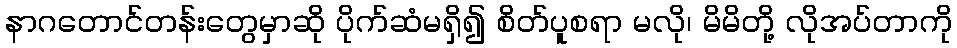
နာဂတောင်တန်းတွေမှာဆို ပိုက်ဆံမရှိ၍ စိတ်ပူစရာ မလို၊ မိမိတို့ လိုအပ်တာကို